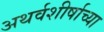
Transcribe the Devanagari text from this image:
अथर्वशीर्षाच्या